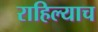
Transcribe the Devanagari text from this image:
राहिल्याच